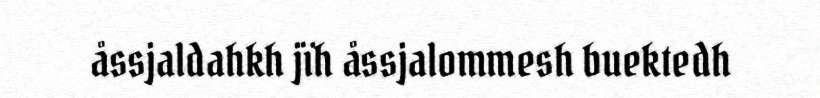
åssjaldahkh jïh åssjalommesh buektedh